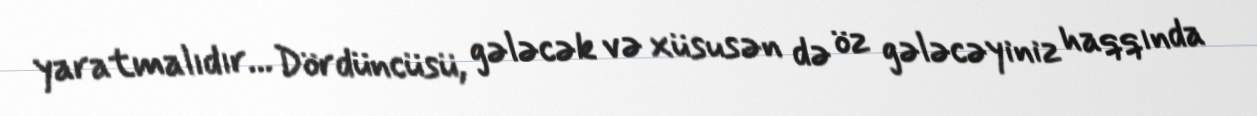
yaratmalıdır... Dördüncüsü, gələcək və xüsusən də öz gələcəyiniz haqqında